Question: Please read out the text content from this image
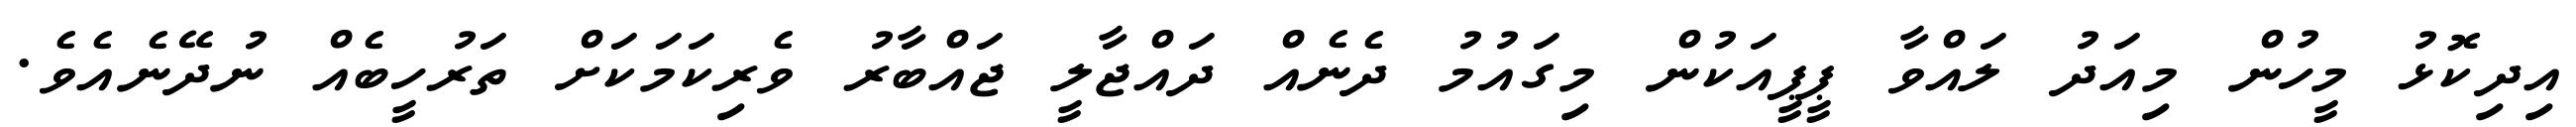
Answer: އިދިކޮޅު މީހުން މިއަދު ލައްވާ ޕީޕީއަކުން މިގައުމު ދެނެއް ދައްޖާލީ ޖައްބާރު ވެރިކަމަކަށް ތަރުހީބެއް ނުދޭނެއެވެ.